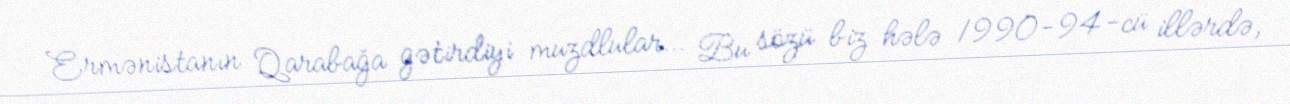
Ermənistanın Qarabağa gətirdiyi muzdlular… Bu sözü biz hələ 1990-94-cü illərdə,